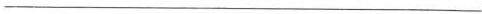
___